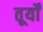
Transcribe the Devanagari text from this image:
तूर्यों